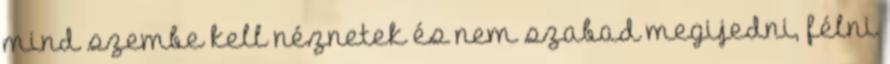
mind szembe kell néznetek és nem szabad megijedni, félni